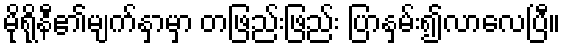
မိုရိုနီ၏မျက်နှာမှာ တဖြည်းဖြည်း ပြာနှမ်း၍လာလေပြီ။